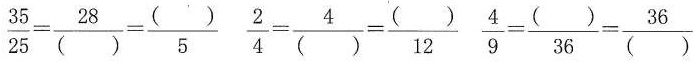
$$= \frac { 3 5 } { 2 5 } = \frac { 2 8 } { ( ) } = \frac { ( ) } { 5 }$$ $$\frac{ 2 } { 4 } = \frac { 4 } { ( ) } = \frac { ( ) } { 1 2 }$$ $$\frac { 4 } { 9 } = \frac { ( ) } { 3 6 } = \frac { 3 6 } { ( ) }$$